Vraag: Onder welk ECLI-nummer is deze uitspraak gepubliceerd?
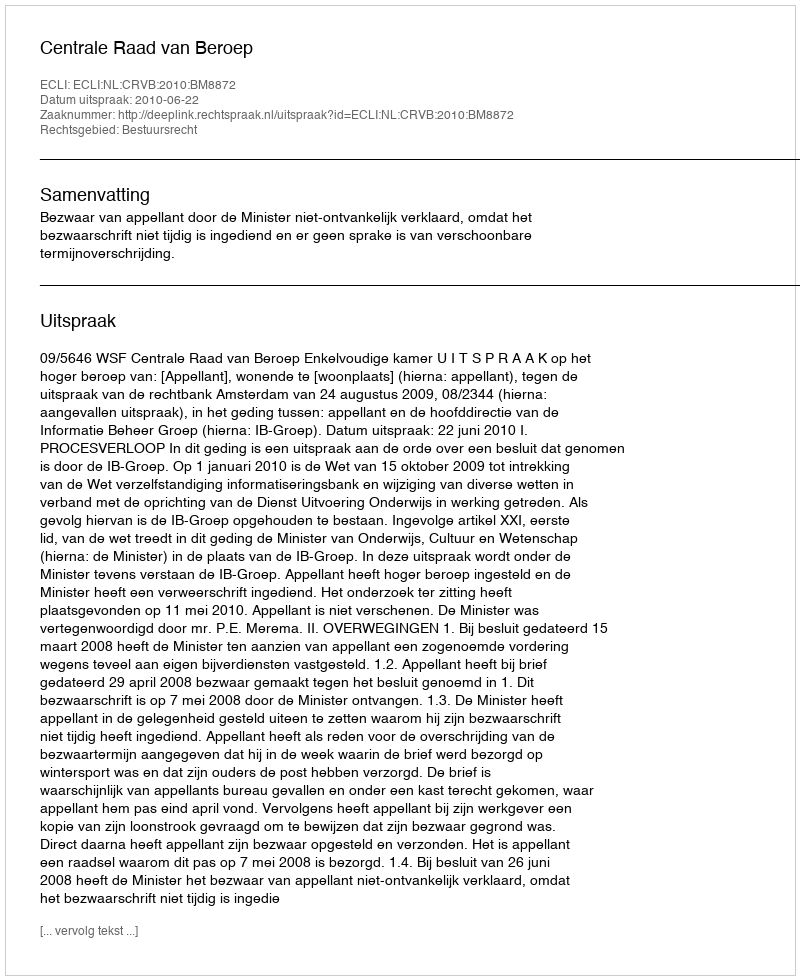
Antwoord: ECLI:NL:CRVB:2010:BM8872